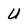
Character: U